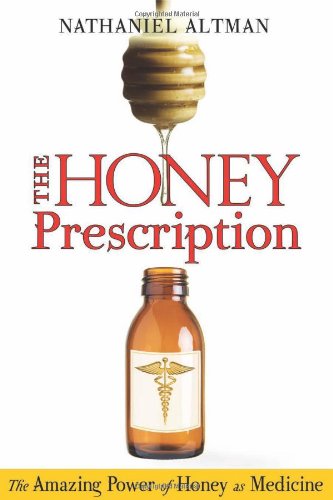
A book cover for The Honey Prescription: The Amazing Power of Honey as Medicine; Nathaniel Altman; Medical Books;